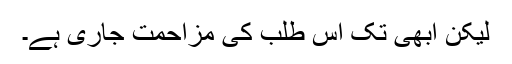
لیکن ابھی تک اس طلب کی مزاحمت جاری ہے۔